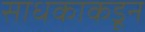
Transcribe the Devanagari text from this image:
साधकाकडून